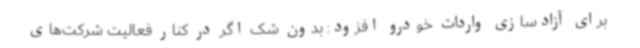
برای آزادسازی واردات خودرو افزود: بدون شک اگر در کنار فعالیت شرکت‌های